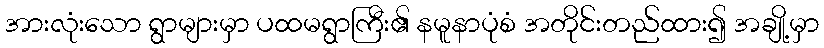
အားလုံးသော ရွာများမှာ ပထမရွာကြီး၏ နမူနာပုံစံ အတိုင်းတည်ထား၍ အချို့မှာ